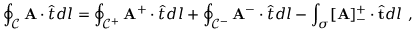
\oint _ { \mathcal { C } } \mathbf { A } \cdot \hat { \boldsymbol { t } } d l = \oint _ { \mathcal { C } ^ { + } } \mathbf { A } ^ { + } \cdot \hat { \boldsymbol { t } } d l + \oint _ { \mathcal { C } ^ { - } } \mathbf { A } ^ { - } \cdot \hat { \boldsymbol { t } } d l - \int _ { \sigma } [ \mathbf { A } ] _ { - } ^ { + } \cdot \hat { \mathbf { t } } d l ~ ,